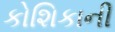
કોશિકાની